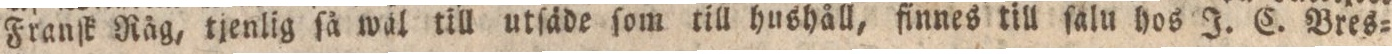
Franſk Räg, tjenlig ſä wäl till utſäde ſom till hushåll, finnes till ſalu hos J. C. Bres=